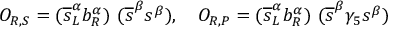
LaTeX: O _ { R , S } = ( \overline { { { s } } } _ { L } ^ { \alpha } b _ { R } ^ { \alpha } ) ~ ( \overline { { { s } } } ^ { \beta } s ^ { \beta } ) , ~ ~ ~ O _ { R , P } = ( \overline { { { s } } } _ { L } ^ { \alpha } b _ { R } ^ { \alpha } ) ~ ( \overline { { { s } } } ^ { \beta } \gamma _ { 5 } s ^ { \beta } )